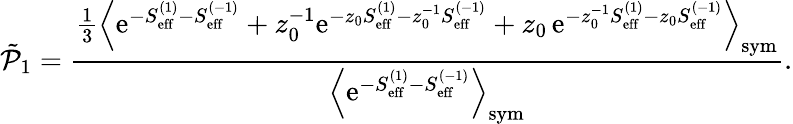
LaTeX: \tilde{\mathcal{P}}_{1}=\frac{\frac{1}{3}\Bigl\langle\mathrm{e}^{-S_{\mathrm{eff}}^{(1)}-S_{\mathrm{eff}}^{(-1)}}+z_{0}^{-1}\mathrm{e}^{-z_{0}S_{\mathrm{eff}}^{(1)}-z_{0}^{-1}S_{\mathrm{eff}}^{(-1)}}+z_{0}\, \mathrm{e}^{-z_{0}^{-1}S_{\mathrm{eff}}^{(1)}-z_{0}S_{\mathrm{eff}}^{(-1)}}\Bigr\rangle_{\mathrm{sym}}}{\Bigl\langle\mathrm{e}^{-S_{\mathrm{eff}}^{(1)}-S_{\mathrm{eff}}^{(-1)}}\Bigr\rangle_{\mathrm{sym}}}.